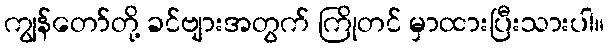
ကျွန်တော်တို့ ခင်ဗျားအတွက် ကြိုတင် မှာထားပြီးသားပါ။